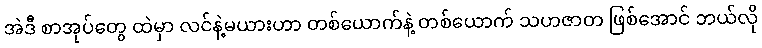
အဲဒီ စာအုပ်တွေ ထဲမှာ လင်နဲ့မယားဟာ တစ်ယောက်နဲ့ တစ်ယောက် သဟဇာတ ဖြစ်အောင် ဘယ်လို